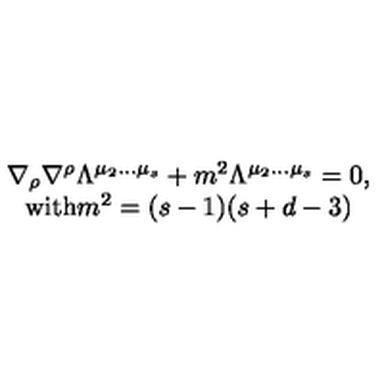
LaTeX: \begin{array} { c } { \nabla _ { \rho } \nabla ^ { \rho } \Lambda ^ { \mu _ { 2 } \ldots \mu _ { s } } + m ^ { 2 } \Lambda ^ { \mu _ { 2 } \ldots \mu _ { s } } = 0 , } \\ { \mathrm { w i t h } m ^ { 2 } = ( s - 1 ) ( s + d - 3 ) } \\ \end{array}